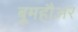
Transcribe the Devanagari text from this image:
बूमहौअर